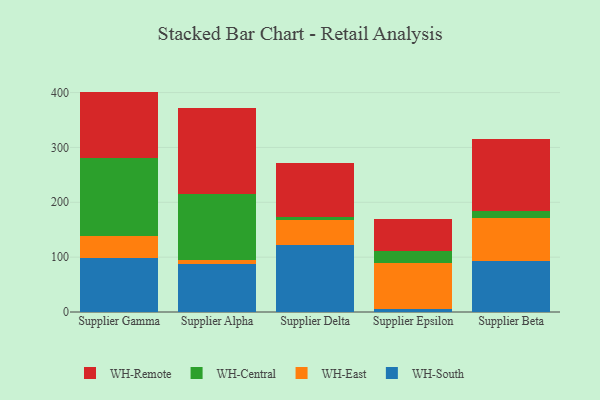
{"axis": {"x": "Supplier", "y": "Energy Usage (MWh)"}, "legend": ["WH-Central", "WH-East", "WH-Remote", "WH-South"], "data": [{"x": "Supplier Gamma", "y": 98.8, "type": "WH-South"}, {"x": "Supplier Gamma", "y": 39.0, "type": "WH-East"}, {"x": "Supplier Gamma", "y": 143.3, "type": "WH-Central"}, {"x": "Supplier Gamma", "y": 120.7, "type": "WH-Remote"}, {"x": "Supplier Alpha", "y": 87.1, "type": "WH-South"}, {"x": "Supplier Alpha", "y": 8.1, "type": "WH-East"}, {"x": "Supplier Alpha", "y": 120.2, "type": "WH-Central"}, {"x": "Supplier Alpha", "y": 157.4, "type": "WH-Remote"}, {"x": "Supplier Delta", "y": 123.0, "type": "WH-South"}, {"x": "Supplier Delta", "y": 44.2, "type": "WH-East"}, {"x": "Supplier Delta", "y": 5.7, "type": "WH-Central"}, {"x": "Supplier Delta", "y": 98.7, "type": "WH-Remote"}, {"x": "Supplier Epsilon", "y": 5.3, "type": "WH-South"}, {"x": "Supplier Epsilon", "y": 83.6, "type": "WH-East"}, {"x": "Supplier Epsilon", "y": 21.6, "type": "WH-Central"}, {"x": "Supplier Epsilon", "y": 58.7, "type": "WH-Remote"}, {"x": "Supplier Beta", "y": 92.7, "type": "WH-South"}, {"x": "Supplier Beta", "y": 79.2, "type": "WH-East"}, {"x": "Supplier Beta", "y": 12.7, "type": "WH-Central"}, {"x": "Supplier Beta", "y": 131.7, "type": "WH-Remote"}]}